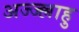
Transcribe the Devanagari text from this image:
अज्ज्ल्लाहु